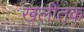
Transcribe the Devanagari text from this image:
खलीतक